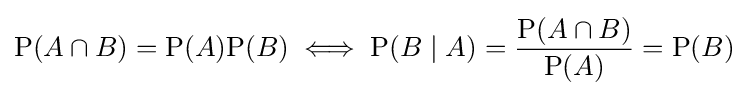
\mathrm {P} (A\cap B)=\mathrm {P} (A)\mathrm {P} (B)\iff \mathrm {P} (B\mid A)={\frac {\mathrm {P} (A\cap B)}{\mathrm {P} (A)}}=\mathrm {P} (B)